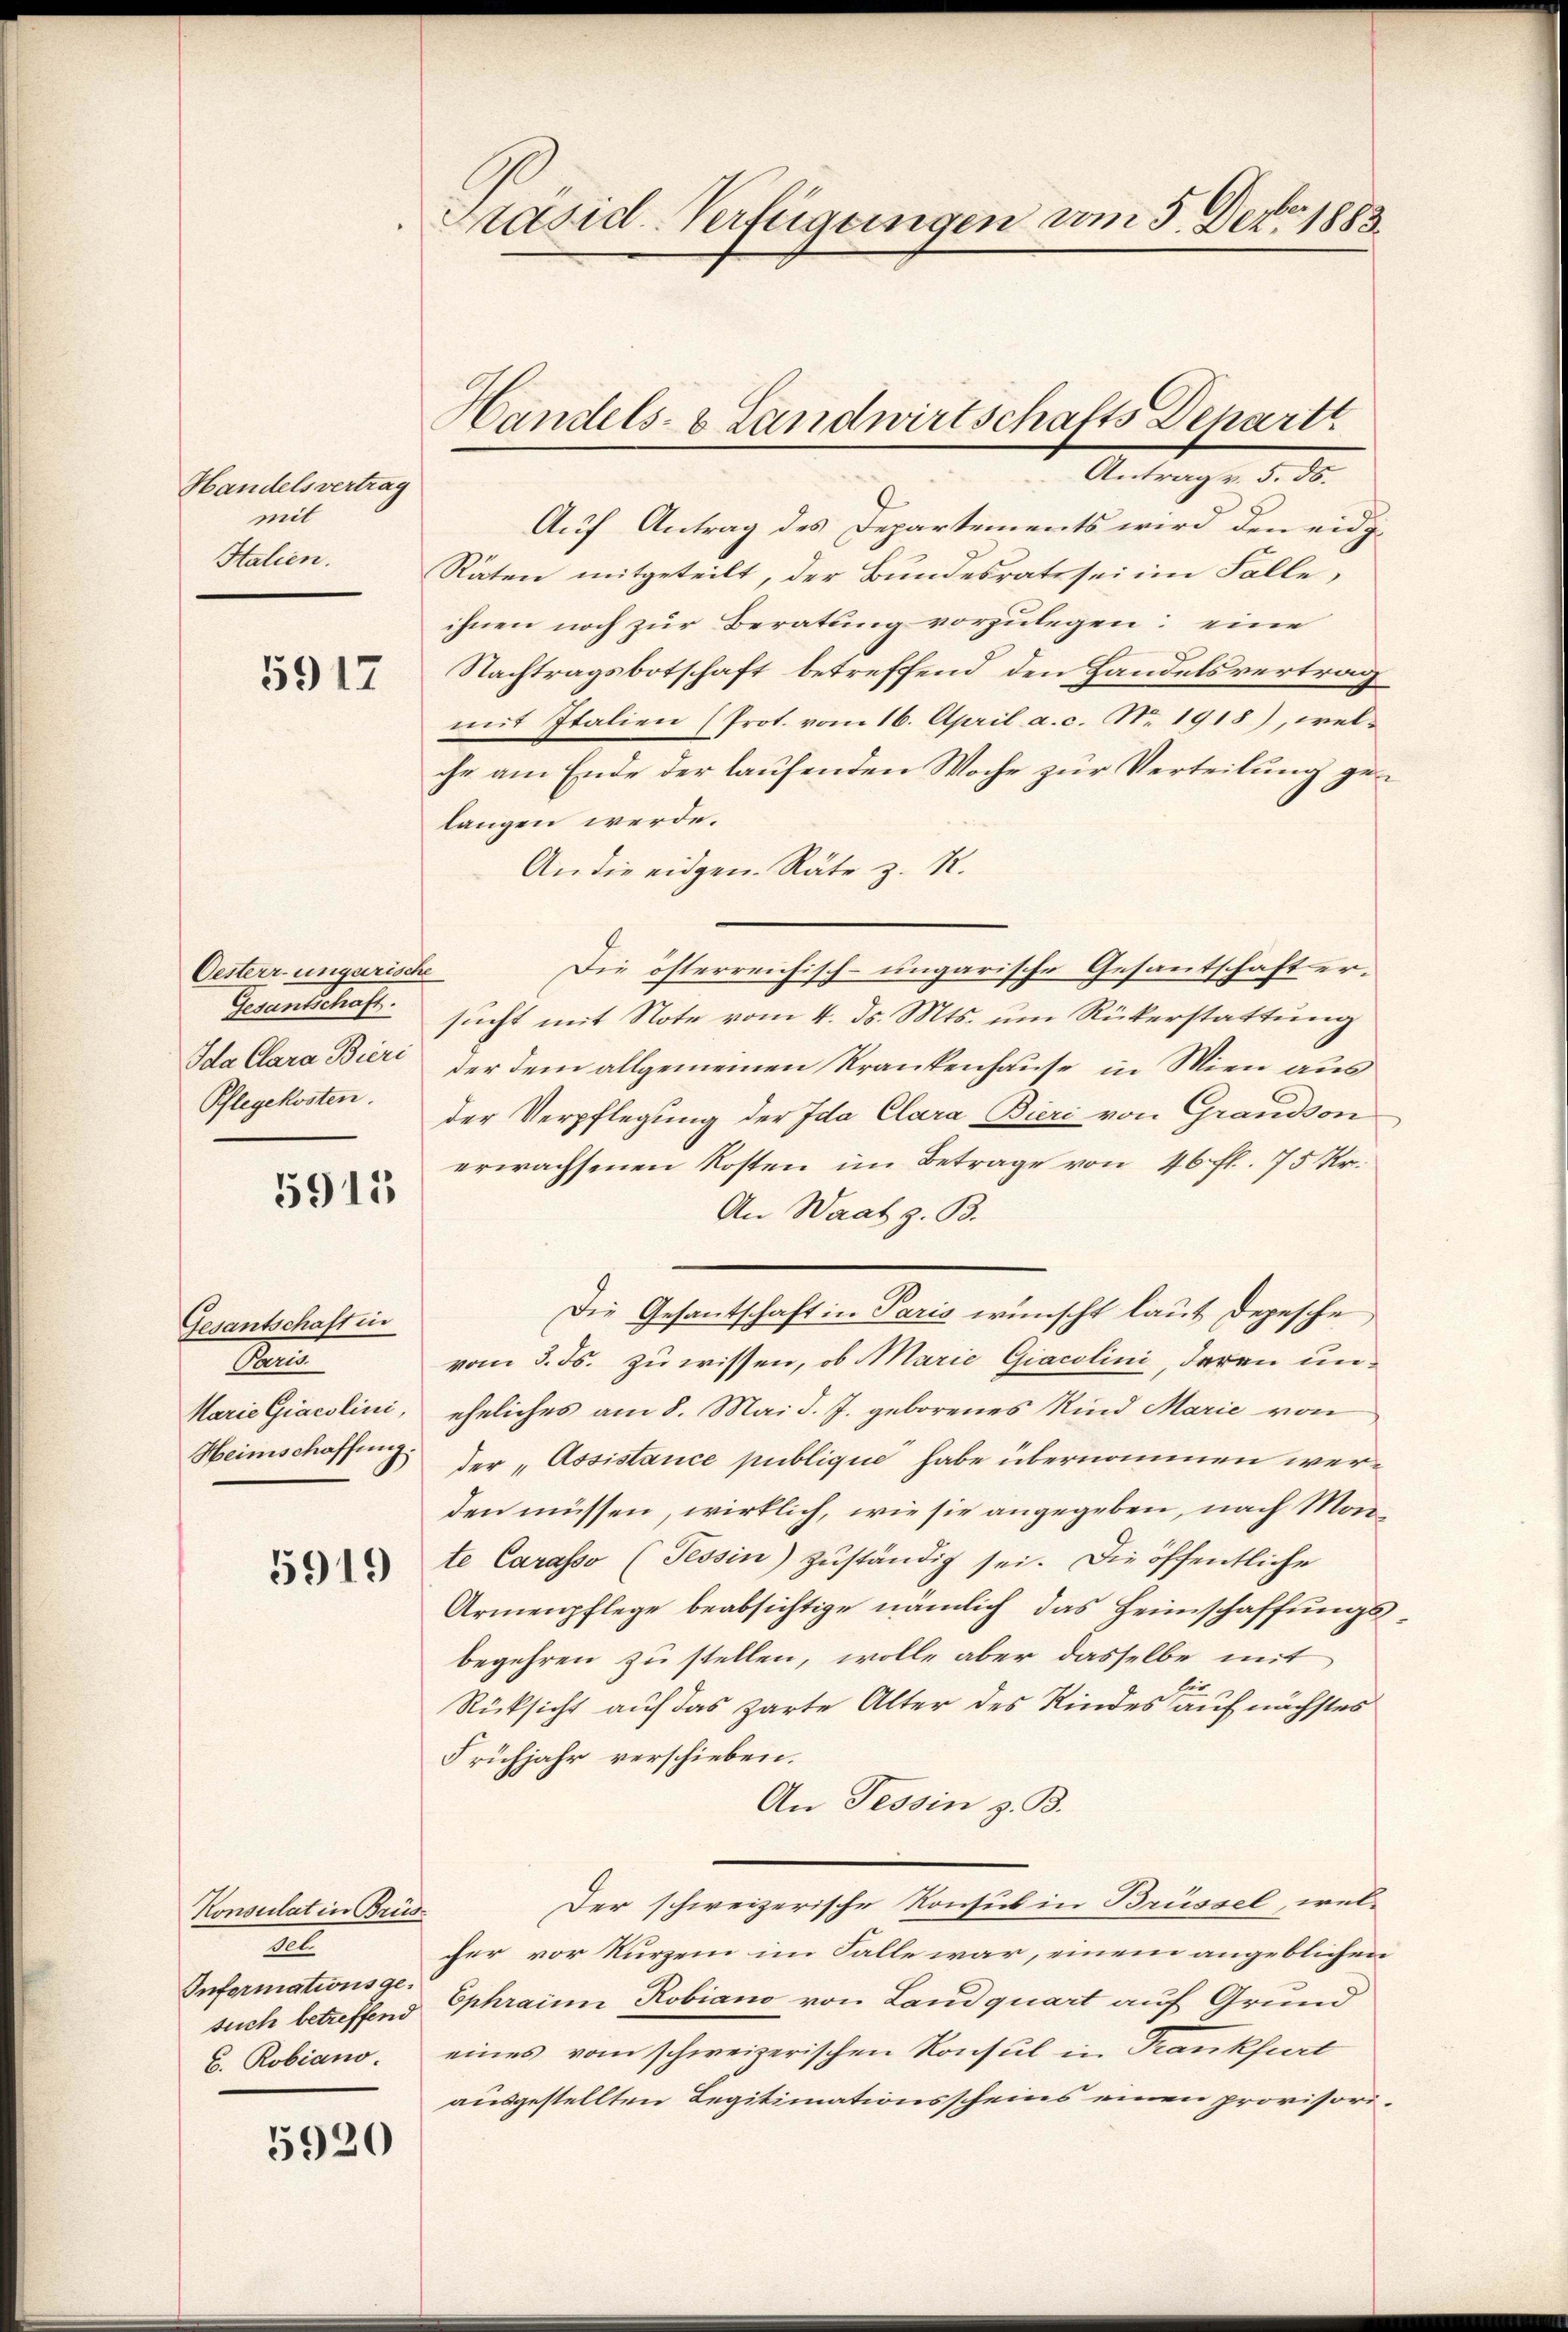
Handelsvertrag
mit
Italien.

5917

Oesterrungerische
Gesantschaft.
Pflegekosten.

5915

Gesantschaft in
Me
Heimschaffung

5919

Konsulat in Brüs¬
I
Informationsgeb. Robiano.

5920

be
Präsid-Verfügungen am 5. Dero 1883.

Auf Antrag des Departements wird den eidg.
Räten mitgeteilt, der Bundesrats sei im Falle,
ihnen noch zur Beratung vorzulegen: eine
Nachtragsbotschaft betreffend den Handelsvertrag
mit Italien (Prot. vom 16. April a. c. No. 1918), welche am Ende der laufenden Woche zur Verteilung gelangen werde.
An die eidgen. Räte z. R.
Die österreichisch-ungarische Gesantschaft ersucht mit Note vom 4. ds. Mts. um Rükerstattung
Ida Clara Bieri der dem allgemeinen Krankenhause in Wien aus
der Verpflegung der Ida Clara Bieri von Grandson
erwachsenen Kosten im Betrage von 46 fl. 75 Kr.
An Waat z. B.
Die Gesantschaft in Paris wünscht laut Depesche
vom 3. Js. zu wissen, ob Marie Giacolini, deren un¬
Marie Giacslini, eheliches am 8. Mai d. J. geborenes Kind Marie von
der „Assistance publique habe übernommen werden müssen, wirklich, wie sie angegeben, nach Monte Carasso (Tessin) zŭständig sei. Die öffentliche
Armenpflege beabsichtige nämlich das Heimschaffungsbegehren zu stellen, wolle aber dasselbe mit
Rücksicht auf das zarte Alter des Kindes auf nächstes
Frühjahr verschieben.
An Tessin z. B.
Der schweizerische Konsul in Brüssel, welfer vor kurzem im Falle war, einem angeblichen
such betreffend Ephraine Robiano von Landquart auf Grund
eines vom schweizerischen Konsul in Frankfurt
ausgestellten Legitimationsscheins einen provisori¬

Handels- & Landwirtschafts Depart
t Antrag d. d.